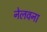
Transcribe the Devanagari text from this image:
नेलवना